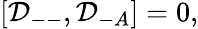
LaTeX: [{\cal D}_{--},{\cal D}_{-A}]=0,